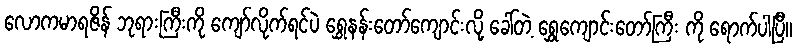
လောကမာရဇိန် ဘုရားကြီးကို ကျော်လိုက်ရင်ပဲ ရွှေနန်းတော်ကျောင်းလို့ ခေါ်တဲ့ ရွှေကျောင်းတော်ကြီး ကို ရောက်ပါပြီ။